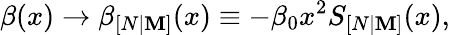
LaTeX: \beta(x)\rightarrow\beta_{[N|\mathbf{M}]}(x)\equiv-\beta_{0}x^{2}S_{[N|\mathbf{M}]}(x),